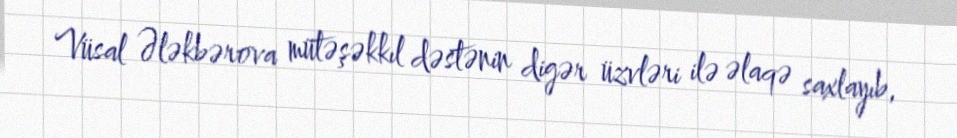
Vüsal Ələkbərova mütəşəkkıl dəstənin digər üzvləri ilə əlaqə saxlayıb,